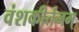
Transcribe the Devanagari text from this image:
वंशकीर्तनम्